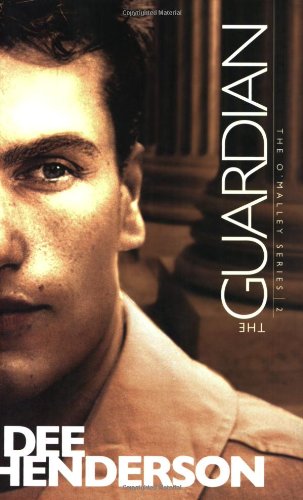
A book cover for The Guardian (The O'Malley Series #2); Dee Henderson; Romance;